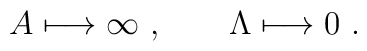
A\longmapsto \infty\ ,  \qquad \Lambda\longmapsto 0 \ .